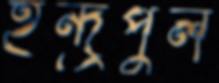
ইন্দ্রপুল